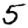
Digit: 5